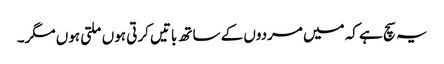
یہ سچ ہے کہ میں مردوں کے ساتھ باتیں کرتی ہوں ملتی ہوں مگر۔